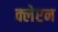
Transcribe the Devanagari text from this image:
क्लेप्टन